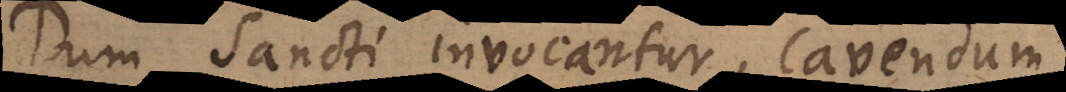
Dum Sancti invocantur, cavendum